Report of the Indian Hemp Drugs Commission, 1894-1895 - Volume VI
Year: 1894
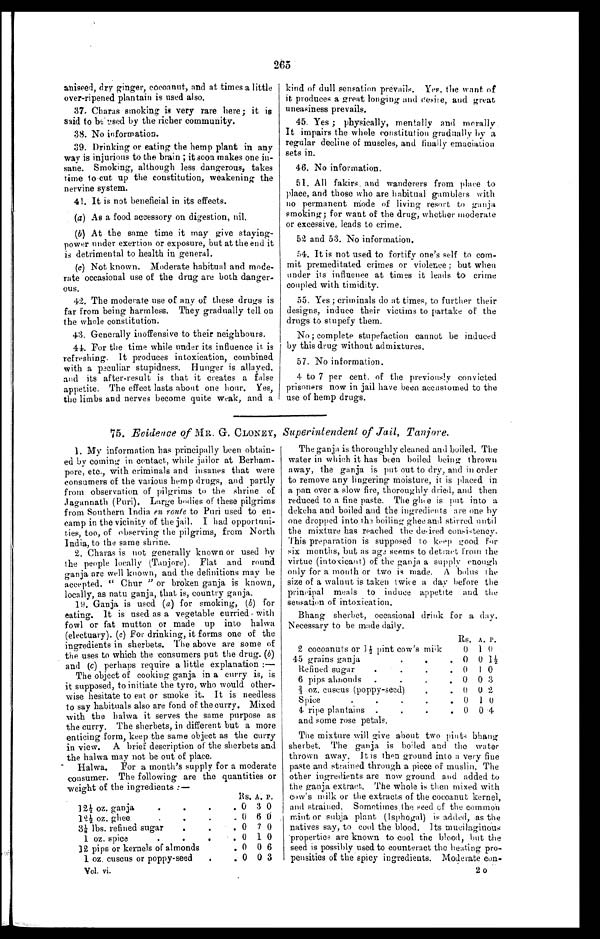
265
aniseed, dry ginger, cocoanut, and at times a little
over-ripened plantain is used also.
37. Charas smoking is very rare here; it is
said to be used by the richer community.
38. No information.
39. Drinking or eating the hemp plant in any
way is injurious to the brain ; it soon makes one in-
- s a n e . S m o k i n g , a l t h o u g h l e s s d a n g e r o u s , t a k e s
time to cut up the constitution, weakening the
n e r v i n e
s y s t e m .
41. It is not beneficial in its effects.
(a) As a food accessory on digestion, nil.
(b) At the same time it may give staying
- p o w e r u n d e r e x e r t i o n o r e x p o s u r e , b u t a t t h e e n d i t
is detrimental to health in general.
(c)Not known. Moderate habitual and mode
-rate occasional use of the drug are both danger--
ous.
42. The moderate use of any of these drugs is
far from being harmless. They gradually tell on
the whole constitution.
43. Generally inoffensive to their neighbours.
44. For the time while under its influence it is
refreshing. It produces intoxication, combined
with a peculiar stupidness. Hunger is allayed,
and its after-result is that it creates a false
appetite. The effect lasts about one hour. Yes,
the limbs and nerves become quite weak, and a
kind of dull sensation prevails. Yes, the want of
it produces a great longing and desire, and great
uneasiness prevails.
45. Yes ; physically, mentally and morally.
It impairs the whole constitution gradually by a
regular decline of muscles, and finally emaciation
sets in.
46. No information.
51. All fakirs and wanderers from place to
place, and those who are habitual gamblers with
no permanent mode of living resort to ganja
smoking; for want of the drug, whether moderate
or excessive, leads to crime.
52 and 53. No information.
54. It is not used to fortify one's self to com-
mit premeditated crimes or violence ; but when
under its influenee at times it leads to crime
coupled with timidity.
55. Yes ; criminals do at times, to further their
designs, induce their victims to partake of the
drugs to stupefy them.
No ; complete stupefaction cannot be induced
by this drug without admixtures.
57. No information.
4 to 7 per cent of the previously onvicted
prisoners now in jail have been accustomed to the
use of hemp drugs.
75. Evidence of MR. G. CLONEY, Superintendent of Jail, Tanjore.
1. My information has principally been obtain--
ed by coming in contact, while jailor at Berham
- p o r e , e t c . , w i t h c r i m i n a l s a n d i n s a n e s t h a t w e r e
consumers of the various hemp drugs, and partly
from observation of pilgrims to the shrine of
Jagannath (Puri). Large bodies of these pilgrims
from Southern India en route to Puri used to en--
camp in the vicinity of the jail. I had opportuni-t-
ies, too, of observing the pilgrims, from North
India, to the same shrine.
2. Charas is not generally known or used by
the people locally (Tanjore). Flat and round
ganja are well known, and the definitions may be
accepted. "Chur" or broken ganja is known,
locally, as natu ganja, that is, country ganja.
19. Ganja is used (a) for smoking, (b) for
eating. It is used as a vegetable curried, with
fowl or fat mutton or made up into halwa
(electuary). (c) For drinking, it forms one of the
ingredients in sherbets. The above are some of
the uses to which the consumers put the drug. (b)
and (c) perhaps require a little explanation :
—
The object of cooking ganja in a curry is, is
it supposed, to initiate the tyro, who would other
-wise hesitate to eat or smoke it. It is needless
to say habituals also are fond of the curry. Mixed
with the halwa it serves the same purpose as
the curry. The sherbets, in different but a more
enticing form, keep the same object as the curry
in view. A brief description of the sherbets and
the halwa may not be out of place.
Halwa. For a month's supply for a moderate
consumer. The following are the quantities or
weight of the ingredients :—
Rs. A. P.
12½ oz. ganja
. . . 0 3 0
0 6 0
. . .
12½ oz. ghee. . .
0 7 0
.
3 ⅛ lbs. refined sugar. . .
0 1 0
1 oz. spice. .
0 0 6
12 pips or kernels of almonds. . .
1 oz. cuscus or poppy-seed. . 0 0 3
Vol. vi.
The ganja is thoroughly cleaned and boiled. The
water in which it has been boiled being thrown
away, the ganja is put out to dry, and in order
to remove any lingering moisture, it is placed in
a pan over a slow fire, thoroughly dried, and then
reduced to a fine paste. The ghee is put into a
dekcha and boiled and the ingredients are one by
one dropped into the boiling ghee and stirred. until
the mixture has reached the desired consistency.
This preparation is supposed to keep good for
six months, but as age seems to detract f rom the
virtue (intoxicant) of the ganja a supply enough
only for a month or two is made. A bolus the
size of a walnut is taken twice a day before
t h e p r i n c i p a l m e a l s t o i n d u c e a p p e t i t e a n d
t h e s e n s a t i o n o f i n t o x i c a t i o n .
Bhang sherbet, occasional drink for a day.
Necessary to be made daily.
RS. A. P.
2 cocoanuts or 1½ pint cow's milk
0 1 0
45 grains ganja. . . 0 0 1½
Refined sugar. . .
0
1 0
6 pips ahnonds. . .
0 0 3
⅔ o z . c u s c u s
( p o p p y - s e e d ) . . . 0 0 2
Spice. . .
0
1 0
4 ripe plantains. . .
0 0 4
and some rose petals.
The mixture will give about two pints bhang
sherbet. The ganja is boiled and the water
thrown away. It is then ground into a very fine
paste and strained through a piece of muslin. The
other ingredients are now ground and added to
the ganja extract. The whole is then mixed with
cow's milk or the extracts of the cocoanut kernel,
and strained. Sometimes . the seed of the common
mint or subja plant (Isphogal) is added, as the
natives say, to cool the blood. Its mucilaginous
properties are known to cool the blood, but the
seed is possibly used to counteract the heating pro--
pensities of the spicy ingredients. Moderate con-
2 o